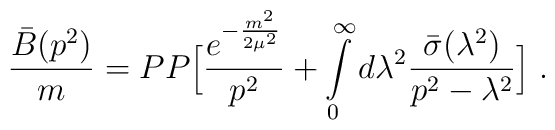
\frac{\bar B(p^2)}{m}=PP\Big[{e^{-{m^2\over 2\mu^2}}\over p^2}+\int\limits^\infty_0d\lambda^2{\bar\sigma(\lambda^2)\over p^2-\lambda^2}\Big]\; .